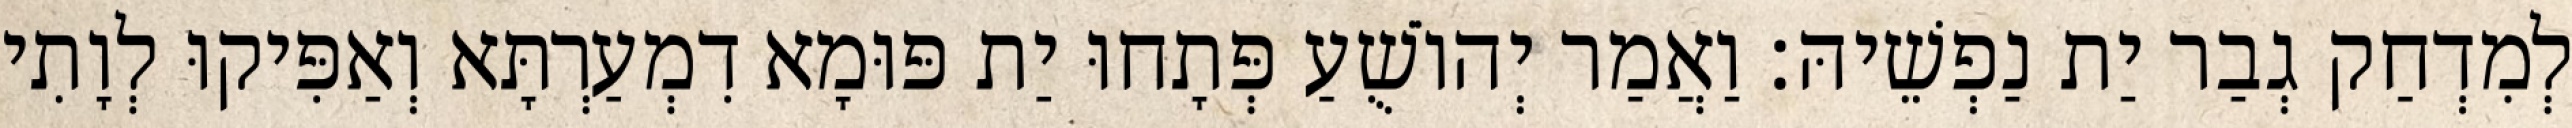
לְמִדְחַק גְבַר יַת נַפְשֵׁיהּ׃ וַאֲמַר יְהוֹשֻׁעַ פְּתָחוּ יַת פּוּמָא דִמְעַרְתָּא וְאַפִּיקוּ לְוָתִי